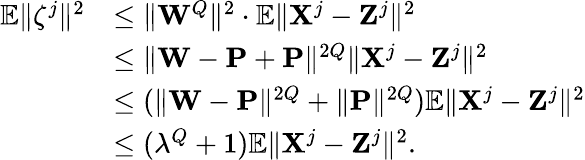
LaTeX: \begin{array}{rl}{\mathbb{E}\| {\mathbf\zeta}^{j}\| ^{2}}&{\leq\| {\mathbf W}^{Q}\| ^{2}\cdot\mathbb{E}\| {\mathbf X}^{j}-{\mathbf Z}^{j}\| ^{2}}\\ &{\leq\| {\mathbf W}-{\mathbf P}+{\mathbf P}\| ^{2Q}\| {\mathbf X}^{j}-{\mathbf Z}^{j}\| ^{2}}\\ &{\leq(\| {\mathbf W}-{\mathbf P}\| ^{2Q}+\| {\mathbf P}\| ^{2Q})\mathbb{E}\| {\mathbf X}^{j}-{\mathbf Z}^{j}\| ^{2}}\\ &{\leq(\lambda^{Q}+1)\mathbb{E}\| {\mathbf X}^{j}-{\mathbf Z}^{j}\| ^{2}.}\end{array}